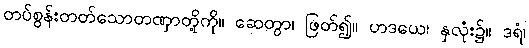
တပ်စွန်းတတ်သောတဏှာတို့ကို။ ဆေတွာ၊ ဖြတ်၍။ ဟဒယေ၊ နှလုံး၌။ ဒရံ၊